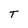
Character: T